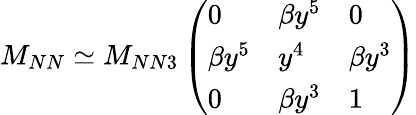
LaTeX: M_{NN}\simeq M_{NN3}\left(\begin{array}{lll}{{0}}&{{\beta y^{5}}}&{{0}}\\ {{\beta y^{5}}}&{{y^{4}}}&{{\beta y^{3}}}\\ {{0}}&{{\beta y^{3}}}&{{1}}\end{array}\right)